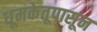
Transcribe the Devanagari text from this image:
धूमकेतूपासून